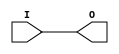
module cdnsusbhs_bufg
  (
  I,
  O
  );

  input                            I;
  output                           O;
  wire                             O;




  assign O = I ;

endmodule